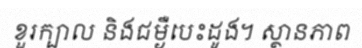
ខួរក្បាល និងជម្ងឺបេះដូង។ ស្ថានភាព